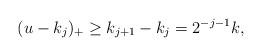
LaTeX: \begin{align*} (u-k_j)_+\geq k_{j+1}-k_j = 2^{-j-1}k,\end{align*}